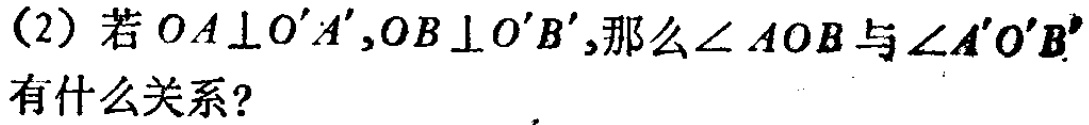
(2) 若 \(OA\perp O'A',OB\perp O'B'\),那么\(\angle AOB\)与\(\angle A'O'B'\)有什么关系？